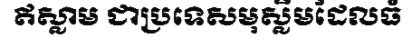
ឥស្លាម ជាប្រទេសមុស្លីមដែលធំ